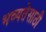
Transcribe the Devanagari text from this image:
भव्यतेसाठी